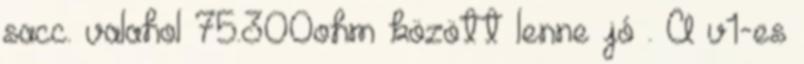
sacc. valahol 75.300ohm között lenne jó . A v1-es